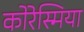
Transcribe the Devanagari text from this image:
कोरेस्मिया